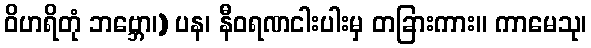
ဝိဟရိတုံ ဘဗ္ဘော၊) ပန၊ နီဝရဏငါးပါးမှ တခြားကား။ ကာမေသု၊